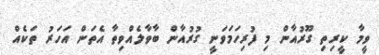
ވީމާ ކީރިތި ގޫރުއާން މި ފުރިހަމަވަނީ ގުރުއާން ބާވާލެއްވިތާ އެތަން އަހަރު ތަކެއް